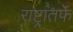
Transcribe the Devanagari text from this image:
राष्ट्रांतर्फे